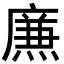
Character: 㢘